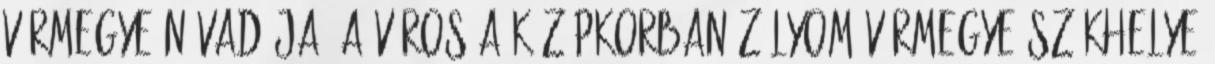
vármegye névadója. A város a középkorban Zólyom vármegye székhelye